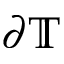
\partial \mathbb { T }